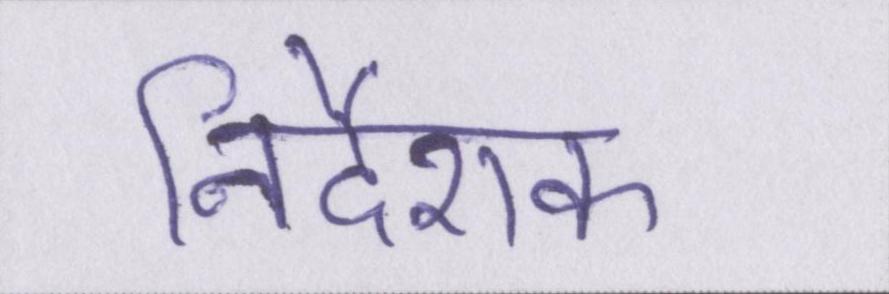
निर्देशक